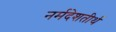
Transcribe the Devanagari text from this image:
नर्मदेशतीर्थ